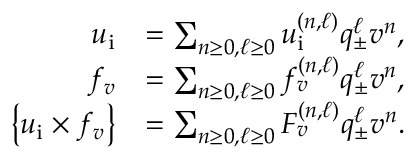
\begin{array} { r l } { u _ { \mathrm { i } } } & { = \sum _ { n \geq 0 , \ell \geq 0 } u _ { \mathrm { i } } ^ { ( n , \ell ) } q _ { \pm } ^ { \ell } v ^ { n } , } \\ { f _ { v } } & { = \sum _ { n \geq 0 , \ell \geq 0 } f _ { v } ^ { ( n , \ell ) } q _ { \pm } ^ { \ell } v ^ { n } , } \\ { \left\{ u _ { \mathrm { i } } \times f _ { v } \right\} } & { = \sum _ { n \geq 0 , \ell \geq 0 } { \cal F } _ { v } ^ { ( n , \ell ) } q _ { \pm } ^ { \ell } v ^ { n } . } \end{array}